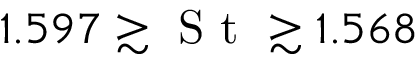
1 . 5 9 7 \gtrsim \textrm { S t } \gtrsim 1 . 5 6 8